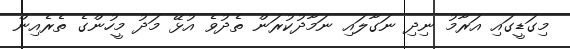
މިގަޑީގައި އަރާމު ނިދި ނަގާލައި ނަމާދުކުރަން ތެދުވެ އުޅޭ މަދު މީހުންގެ ތެރެއިން